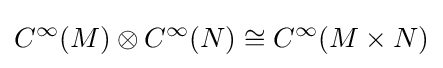
C^{\infty }(M)\otimes C^{\infty }(N)\cong C^{\infty }(M\times N)